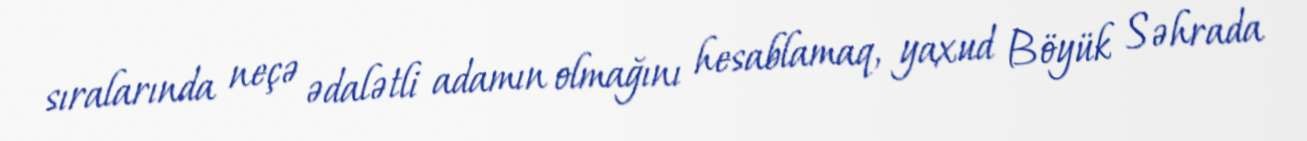
sıralarında neçə ədalətli adamın olmağını hesablamaq, yaxud Böyük Səhrada